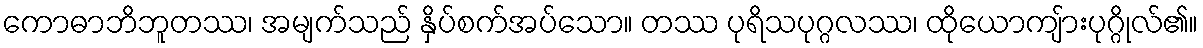
ကောဓာဘိဘူတဿ၊ အမျက်သည် နှိပ်စက်အပ်သော။ တဿ ပုရိသပုဂ္ဂလဿ၊ ထိုယောကျ်ားပုဂ္ဂိုလ်၏။